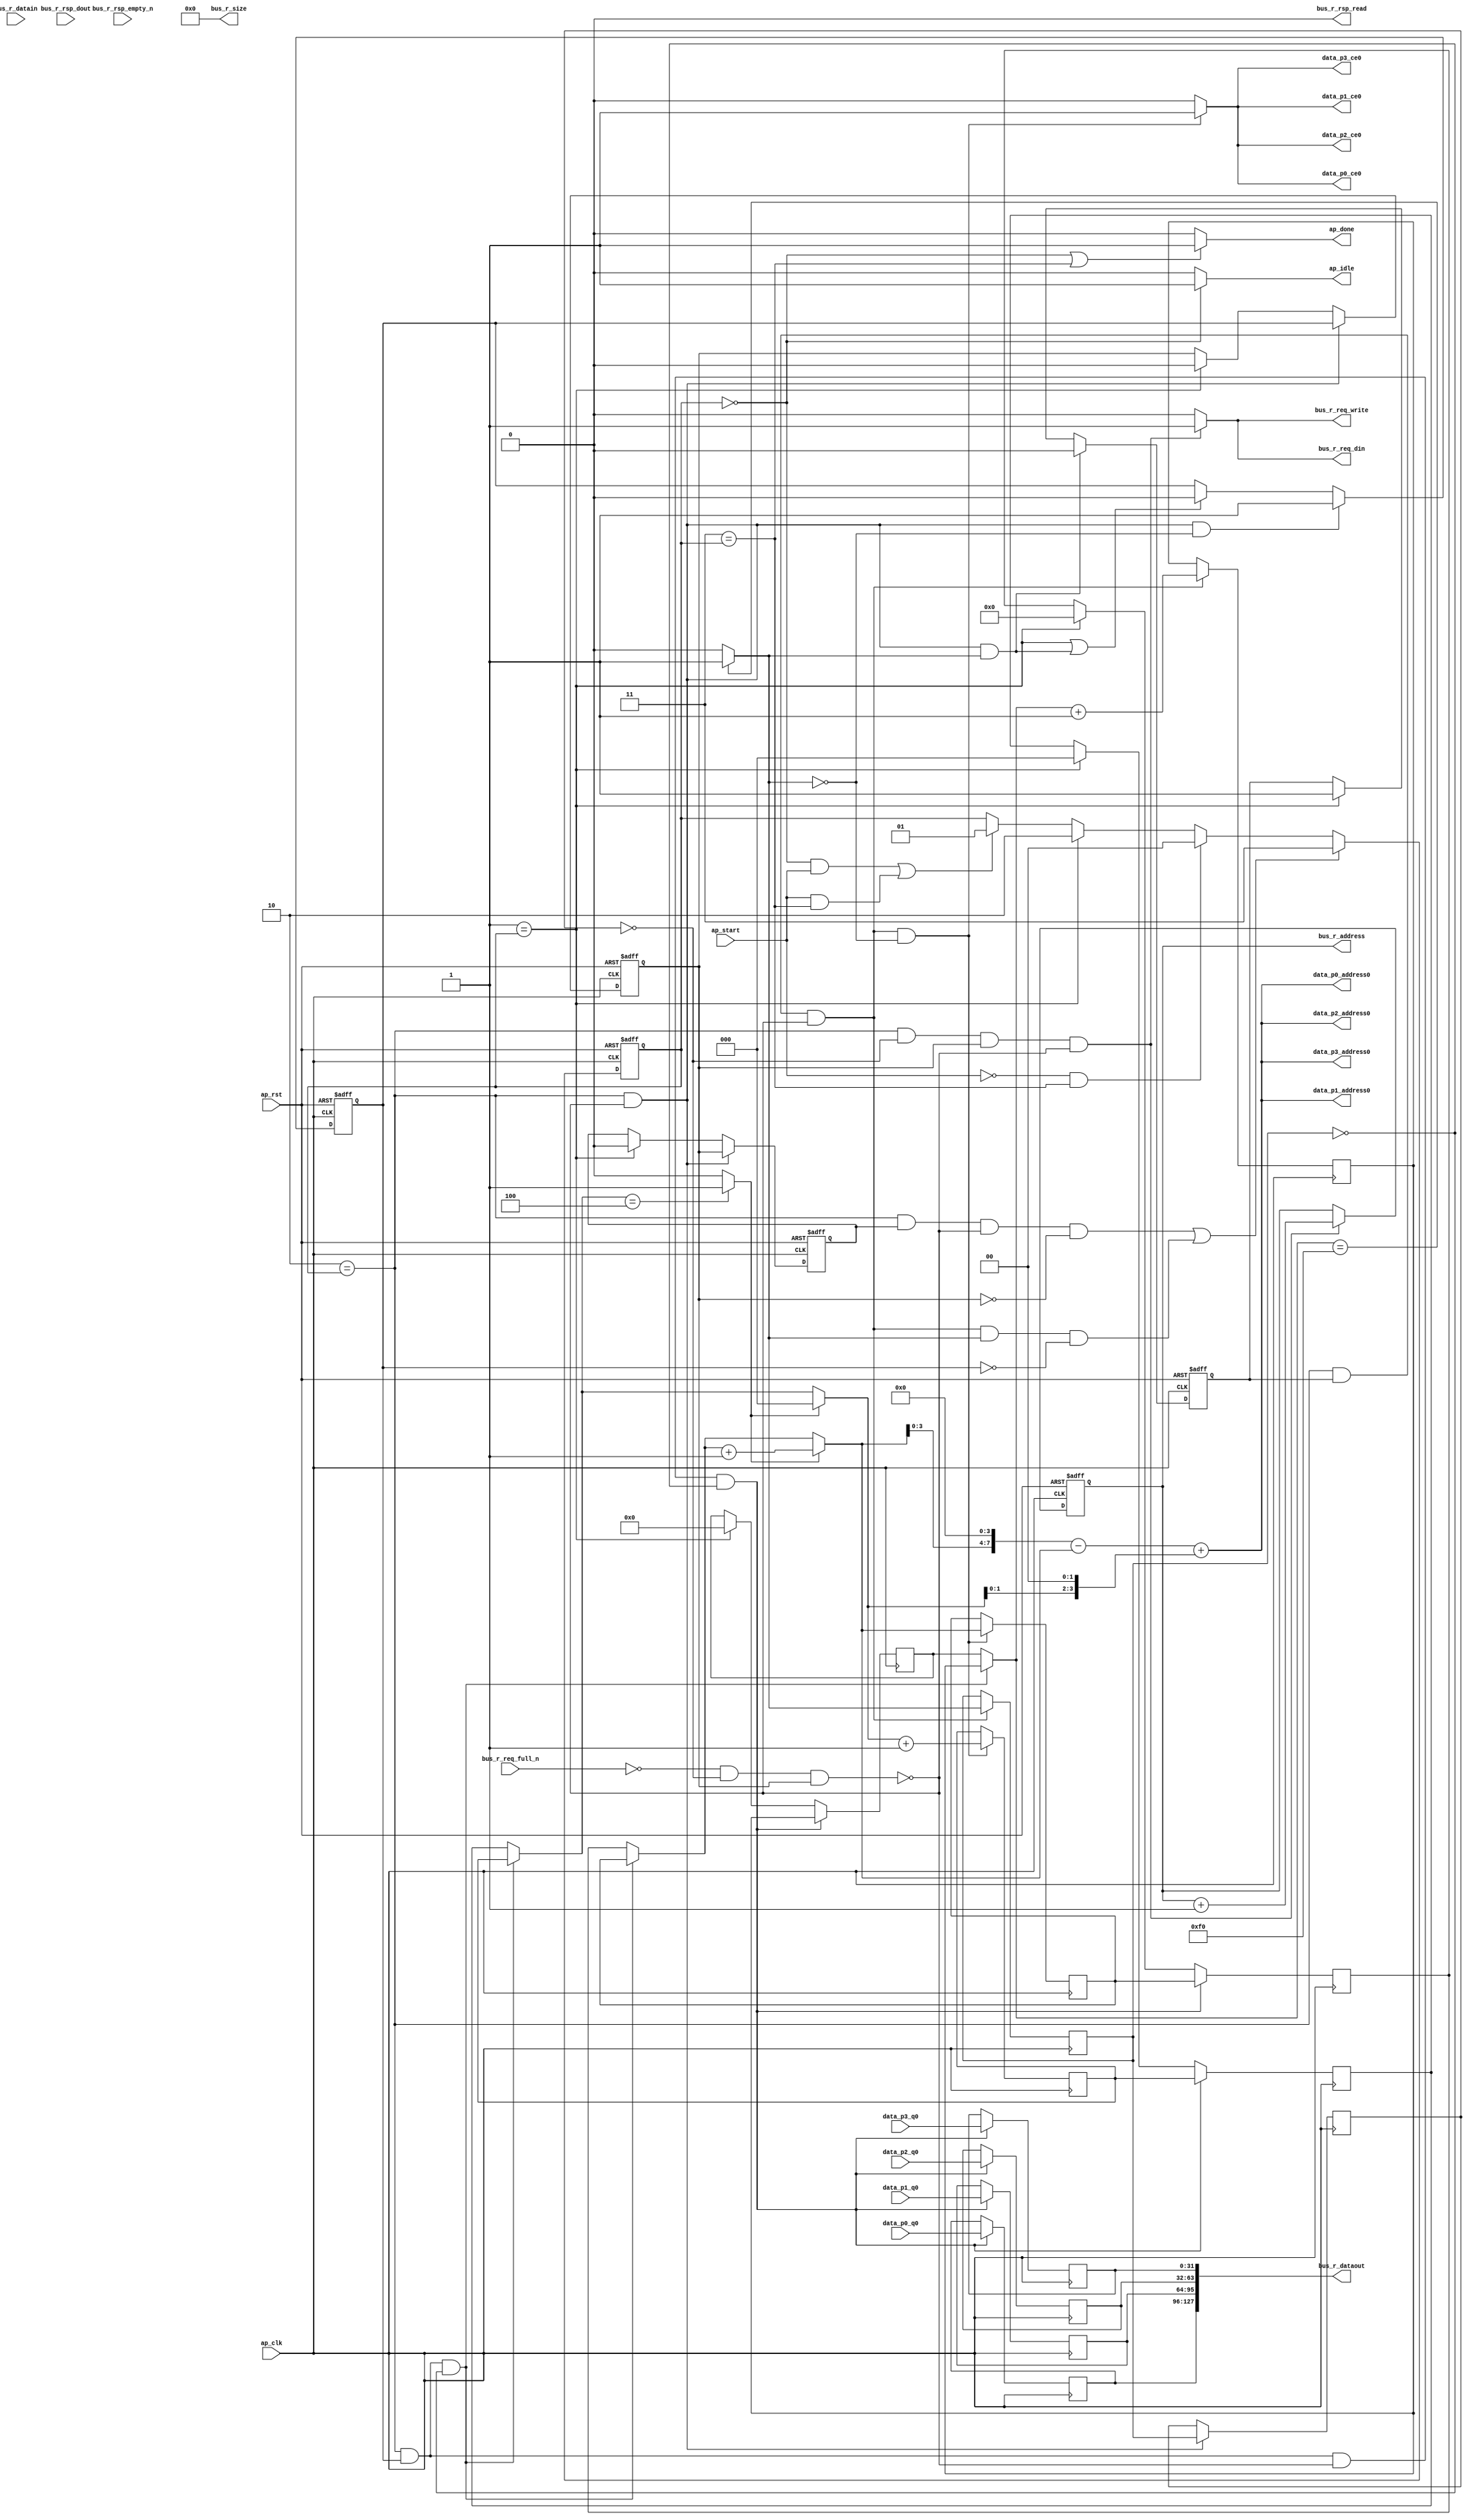
// ==============================================================
// RTL generated by AutoPilot - High-Level Synthesis System (C, C++, SystemC)
// Version: 2010.a.3
// Copyright (C) :2006-2010 AutoESL Design Technologies, Inc.
// 
// ===========================================================

`timescale 1 ns / 1 ps 

module write_array (
        ap_clk,
        ap_rst,
        ap_start,
        ap_done,
        ap_idle,
        bus_r_req_din,
        bus_r_req_full_n,
        bus_r_req_write,
        bus_r_rsp_dout,
        bus_r_rsp_empty_n,
        bus_r_rsp_read,
        bus_r_address,
        bus_r_datain,
        bus_r_dataout,
        bus_r_size,
        data_p0_address0,
        data_p0_ce0,
        data_p0_q0,
        data_p1_address0,
        data_p1_ce0,
        data_p1_q0,
        data_p2_address0,
        data_p2_ce0,
        data_p2_q0,
        data_p3_address0,
        data_p3_ce0,
        data_p3_q0
);

input   ap_clk;
input   ap_rst;
input   ap_start;
output   ap_done;
output   ap_idle;
output   bus_r_req_din;
input   bus_r_req_full_n;
output   bus_r_req_write;
input   bus_r_rsp_dout;
input   bus_r_rsp_empty_n;
output   bus_r_rsp_read;
output  [31:0] bus_r_address;
input  [127:0] bus_r_datain;
output  [127:0] bus_r_dataout;
output  [31:0] bus_r_size;
output  [7:0] data_p0_address0;
output   data_p0_ce0;
input  [31:0] data_p0_q0;
output  [7:0] data_p1_address0;
output   data_p1_ce0;
input  [31:0] data_p1_q0;
output  [7:0] data_p2_address0;
output   data_p2_ce0;
input  [31:0] data_p2_q0;
output  [7:0] data_p3_address0;
output   data_p3_ce0;
input  [31:0] data_p3_q0;

reg ap_done;
reg ap_idle;
reg bus_r_req_din;
reg bus_r_req_write;
reg data_p0_ce0;
reg data_p1_ce0;
reg data_p2_ce0;
reg data_p3_ce0;
reg   [1:0] ap_CS_fsm;
reg   [31:0] rIndex;
reg   [7:0] indvar_flatten_reg_117;
reg   [5:0] i_reg_128;
reg   [2:0] indvar_reg_139;
wire   [0:0] exitcond_fu_151_p2;
reg   [0:0] exitcond_reg_284;
reg    ap_reg_ppiten_pp0_it0;
reg    ap_reg_ppiten_pp0_it1;
reg   [0:0] ap_reg_ppstg_exitcond_reg_284_pp0_it1;
reg    ap_sig_bdd_75;
reg    ap_reg_ppiten_pp0_it2;
reg    ap_reg_ppiten_pp0_it3;
reg   [7:0] indvar_next_reg_288;
wire   [5:0] i_mid_fu_183_p3;
reg   [5:0] i_mid_reg_293;
reg   [2:0] indvar_next1_reg_318;
reg   [31:0] data_p0_load_reg_323;
reg   [31:0] data_p1_load_reg_328;
reg   [31:0] data_p2_load_reg_333;
reg   [31:0] data_p3_load_reg_338;
reg   [7:0] indvar_flatten_phi_fu_121_p4;
reg   [5:0] i_phi_fu_132_p4;
reg   [2:0] indvar_phi_fu_143_p4;
wire   [31:0] data_p0_addr1_cast_fu_227_p1;
wire   [63:0] tmp4_fu_266_p1;
wire   [7:0] exitcond_fu_151_p1;
wire   [2:0] exitcond1_fu_169_p1;
wire   [0:0] exitcond1_fu_169_p2;
wire   [5:0] indvar_next6_dup_fu_163_p2;
wire   [2:0] indvar_mid_fu_175_p3;
wire   [3:0] indvar_cast_fu_191_p1;
wire   [3:0] j_fu_195_p2;
wire   [7:0] tmp4_trn_cast_fu_205_p1;
wire   [7:0] p_shl_fu_209_p2;
wire   [7:0] data_p0_addr_cast_fu_215_p2;
wire   [7:0] tmp6_trn_cast_fu_201_p1;
wire   [7:0] data_p0_addr_fu_221_p2;
wire   [31:0] empty_92_fu_253_p1;
wire   [31:0] empty_92_fu_253_p2;
wire   [31:0] empty_92_fu_253_p3;
wire   [31:0] tmp3_fu_250_p1;
reg   [1:0] ap_NS_fsm;
parameter    ap_const_logic_1 = 1'b1;
parameter    ap_const_logic_0 = 1'b0;
parameter    ap_ST_st0_fsm_0 = 2'b00;
parameter    ap_ST_st1_fsm_1 = 2'b01;
parameter    ap_ST_pp0_stg0_fsm_2 = 2'b10;
parameter    ap_ST_st6_fsm_3 = 2'b11;
parameter    ap_const_lv32_0 = 32'b00000000000000000000000000000000;
parameter    ap_const_lv1_0 = 1'b0;
parameter    ap_const_lv8_0 = 8'b00000000;
parameter    ap_const_lv6_0 = 6'b000000;
parameter    ap_const_lv3_0 = 3'b000;
parameter    ap_const_lv8_F0 = 8'b11110000;
parameter    ap_const_lv8_1 = 8'b00000001;
parameter    ap_const_lv6_1 = 6'b000001;
parameter    ap_const_lv3_4 = 3'b100;
parameter    ap_const_lv4_2 = 4'b0010;
parameter    ap_const_lv8_4 = 8'b00000100;
parameter    ap_const_lv3_1 = 3'b001;
parameter    ap_const_lv32_1 = 32'b00000000000000000000000000000001;
parameter    ap_true = 1'b1;




/// ap_CS_fsm assign process. ///
always @ (posedge ap_rst or posedge ap_clk)
begin : ap_ret_ap_CS_fsm
    if (ap_rst == 1'b1) begin
        ap_CS_fsm <= ap_ST_st0_fsm_0;
    end else begin
        ap_CS_fsm <= ap_NS_fsm;
    end
end

/// ap_reg_ppiten_pp0_it0 assign process. ///
always @ (posedge ap_rst or posedge ap_clk)
begin : ap_ret_ap_reg_ppiten_pp0_it0
    if (ap_rst == 1'b1) begin
        ap_reg_ppiten_pp0_it0 <= ap_const_logic_0;
    end else begin
        if (((ap_ST_pp0_stg0_fsm_2 == ap_CS_fsm) & ~(ap_sig_bdd_75 & (ap_const_logic_1 == ap_reg_ppiten_pp0_it2)) & ~(exitcond_fu_151_p2 == ap_const_lv1_0))) begin
            ap_reg_ppiten_pp0_it0 <= ap_const_logic_0;
        end else if ((ap_ST_st1_fsm_1 == ap_CS_fsm)) begin
            ap_reg_ppiten_pp0_it0 <= ap_const_logic_1;
        end
    end
end

/// ap_reg_ppiten_pp0_it1 assign process. ///
always @ (posedge ap_rst or posedge ap_clk)
begin : ap_ret_ap_reg_ppiten_pp0_it1
    if (ap_rst == 1'b1) begin
        ap_reg_ppiten_pp0_it1 <= ap_const_logic_0;
    end else begin
        if (((ap_ST_pp0_stg0_fsm_2 == ap_CS_fsm) & ~(ap_sig_bdd_75 & (ap_const_logic_1 == ap_reg_ppiten_pp0_it2)) & (exitcond_fu_151_p2 == ap_const_lv1_0))) begin
            ap_reg_ppiten_pp0_it1 <= ap_const_logic_1;
        end else if (((ap_ST_st1_fsm_1 == ap_CS_fsm) | ((ap_ST_pp0_stg0_fsm_2 == ap_CS_fsm) & ~(ap_sig_bdd_75 & (ap_const_logic_1 == ap_reg_ppiten_pp0_it2)) & ~(exitcond_fu_151_p2 == ap_const_lv1_0)))) begin
            ap_reg_ppiten_pp0_it1 <= ap_const_logic_0;
        end
    end
end

/// ap_reg_ppiten_pp0_it2 assign process. ///
always @ (posedge ap_rst or posedge ap_clk)
begin : ap_ret_ap_reg_ppiten_pp0_it2
    if (ap_rst == 1'b1) begin
        ap_reg_ppiten_pp0_it2 <= ap_const_logic_0;
    end else begin
        if (((ap_ST_pp0_stg0_fsm_2 == ap_CS_fsm) & ~(ap_sig_bdd_75 & (ap_const_logic_1 == ap_reg_ppiten_pp0_it2)))) begin
            ap_reg_ppiten_pp0_it2 <= ap_reg_ppiten_pp0_it1;
        end else if ((ap_ST_st1_fsm_1 == ap_CS_fsm)) begin
            ap_reg_ppiten_pp0_it2 <= ap_const_logic_0;
        end
    end
end

/// ap_reg_ppiten_pp0_it3 assign process. ///
always @ (posedge ap_rst or posedge ap_clk)
begin : ap_ret_ap_reg_ppiten_pp0_it3
    if (ap_rst == 1'b1) begin
        ap_reg_ppiten_pp0_it3 <= ap_const_logic_0;
    end else begin
        if (((ap_ST_pp0_stg0_fsm_2 == ap_CS_fsm) & ~(ap_sig_bdd_75 & (ap_const_logic_1 == ap_reg_ppiten_pp0_it2)))) begin
            ap_reg_ppiten_pp0_it3 <= ap_reg_ppiten_pp0_it2;
        end else if ((ap_ST_st1_fsm_1 == ap_CS_fsm)) begin
            ap_reg_ppiten_pp0_it3 <= ap_const_logic_0;
        end
    end
end

/// rIndex assign process. ///
always @ (posedge ap_rst or posedge ap_clk)
begin : ap_ret_rIndex
    if (ap_rst == 1'b1) begin
        rIndex <= ap_const_lv32_0;
    end else begin
        if (((ap_ST_pp0_stg0_fsm_2 == ap_CS_fsm) & (ap_reg_ppstg_exitcond_reg_284_pp0_it1 == ap_const_lv1_0) & (ap_const_logic_1 == ap_reg_ppiten_pp0_it2) & ~(ap_sig_bdd_75 & (ap_const_logic_1 == ap_reg_ppiten_pp0_it2)))) begin
            rIndex <= (rIndex + ap_const_lv32_1);
        end
    end
end

/// assign process. ///
always @(posedge ap_clk)
begin
    if (((ap_ST_pp0_stg0_fsm_2 == ap_CS_fsm) & ~(ap_sig_bdd_75 & (ap_const_logic_1 == ap_reg_ppiten_pp0_it2)))) begin
        ap_reg_ppstg_exitcond_reg_284_pp0_it1 <= exitcond_reg_284;
    end
    if (((ap_ST_pp0_stg0_fsm_2 == ap_CS_fsm) & (ap_const_logic_1 == ap_reg_ppiten_pp0_it1) & ~(ap_sig_bdd_75 & (ap_const_logic_1 == ap_reg_ppiten_pp0_it2)) & (exitcond_reg_284 == ap_const_lv1_0))) begin
        data_p0_load_reg_323 <= data_p0_q0;
    end
    if (((ap_ST_pp0_stg0_fsm_2 == ap_CS_fsm) & (ap_const_logic_1 == ap_reg_ppiten_pp0_it1) & ~(ap_sig_bdd_75 & (ap_const_logic_1 == ap_reg_ppiten_pp0_it2)) & (exitcond_reg_284 == ap_const_lv1_0))) begin
        data_p1_load_reg_328 <= data_p1_q0;
    end
    if (((ap_ST_pp0_stg0_fsm_2 == ap_CS_fsm) & (ap_const_logic_1 == ap_reg_ppiten_pp0_it1) & ~(ap_sig_bdd_75 & (ap_const_logic_1 == ap_reg_ppiten_pp0_it2)) & (exitcond_reg_284 == ap_const_lv1_0))) begin
        data_p2_load_reg_333 <= data_p2_q0;
    end
    if (((ap_ST_pp0_stg0_fsm_2 == ap_CS_fsm) & (ap_const_logic_1 == ap_reg_ppiten_pp0_it1) & ~(ap_sig_bdd_75 & (ap_const_logic_1 == ap_reg_ppiten_pp0_it2)) & (exitcond_reg_284 == ap_const_lv1_0))) begin
        data_p3_load_reg_338 <= data_p3_q0;
    end
    if (((ap_ST_pp0_stg0_fsm_2 == ap_CS_fsm) & (ap_const_logic_1 == ap_reg_ppiten_pp0_it0) & ~(ap_sig_bdd_75 & (ap_const_logic_1 == ap_reg_ppiten_pp0_it2)))) begin
        exitcond_reg_284 <= (indvar_flatten_phi_fu_121_p4 == exitcond_fu_151_p1? 1'b1: 1'b0);
    end
    if (((ap_ST_pp0_stg0_fsm_2 == ap_CS_fsm) & (ap_const_logic_1 == ap_reg_ppiten_pp0_it0) & ~(ap_sig_bdd_75 & (ap_const_logic_1 == ap_reg_ppiten_pp0_it2)) & (exitcond_fu_151_p2 == ap_const_lv1_0))) begin
        if (exitcond1_fu_169_p2) begin
            i_mid_reg_293 <= indvar_next6_dup_fu_163_p2;
        end else begin
            i_mid_reg_293 <= i_phi_fu_132_p4;
        end

    end
    if (((ap_ST_pp0_stg0_fsm_2 == ap_CS_fsm) & (ap_const_logic_1 == ap_reg_ppiten_pp0_it1) & ~(ap_sig_bdd_75 & (ap_const_logic_1 == ap_reg_ppiten_pp0_it2)) & (exitcond_reg_284 == ap_const_lv1_0))) begin
        i_reg_128 <= i_mid_reg_293;
    end else if ((ap_ST_st1_fsm_1 == ap_CS_fsm)) begin
        i_reg_128 <= ap_const_lv6_0;
    end
    if (((ap_ST_pp0_stg0_fsm_2 == ap_CS_fsm) & (ap_const_logic_1 == ap_reg_ppiten_pp0_it1) & ~(ap_sig_bdd_75 & (ap_const_logic_1 == ap_reg_ppiten_pp0_it2)) & (exitcond_reg_284 == ap_const_lv1_0))) begin
        indvar_flatten_reg_117 <= indvar_next_reg_288;
    end else if ((ap_ST_st1_fsm_1 == ap_CS_fsm)) begin
        indvar_flatten_reg_117 <= ap_const_lv8_0;
    end
    if (((ap_ST_pp0_stg0_fsm_2 == ap_CS_fsm) & (ap_const_logic_1 == ap_reg_ppiten_pp0_it0) & ~(ap_sig_bdd_75 & (ap_const_logic_1 == ap_reg_ppiten_pp0_it2)) & (exitcond_fu_151_p2 == ap_const_lv1_0))) begin
        indvar_next1_reg_318 <= (indvar_mid_fu_175_p3 + ap_const_lv3_1);
    end
    if (((ap_ST_pp0_stg0_fsm_2 == ap_CS_fsm) & (ap_const_logic_1 == ap_reg_ppiten_pp0_it0) & ~(ap_sig_bdd_75 & (ap_const_logic_1 == ap_reg_ppiten_pp0_it2)))) begin
        indvar_next_reg_288 <= (indvar_flatten_phi_fu_121_p4 + ap_const_lv8_1);
    end
    if (((ap_ST_pp0_stg0_fsm_2 == ap_CS_fsm) & (ap_const_logic_1 == ap_reg_ppiten_pp0_it1) & ~(ap_sig_bdd_75 & (ap_const_logic_1 == ap_reg_ppiten_pp0_it2)) & (exitcond_reg_284 == ap_const_lv1_0))) begin
        indvar_reg_139 <= indvar_next1_reg_318;
    end else if ((ap_ST_st1_fsm_1 == ap_CS_fsm)) begin
        indvar_reg_139 <= ap_const_lv3_0;
    end
end

/// ap_NS_fsm assign process. ///
always @ (ap_start or ap_CS_fsm or exitcond_fu_151_p2 or ap_reg_ppiten_pp0_it0 or ap_reg_ppiten_pp0_it1 or ap_sig_bdd_75 or ap_reg_ppiten_pp0_it2 or ap_reg_ppiten_pp0_it3)
begin
    if ((((ap_ST_pp0_stg0_fsm_2 == ap_CS_fsm) & (ap_const_logic_1 == ap_reg_ppiten_pp0_it3) & ~(ap_sig_bdd_75 & (ap_const_logic_1 == ap_reg_ppiten_pp0_it2)) & ~(ap_const_logic_1 == ap_reg_ppiten_pp0_it2)) | ((ap_ST_pp0_stg0_fsm_2 == ap_CS_fsm) & (ap_const_logic_1 == ap_reg_ppiten_pp0_it0) & ~(ap_sig_bdd_75 & (ap_const_logic_1 == ap_reg_ppiten_pp0_it2)) & ~(exitcond_fu_151_p2 == ap_const_lv1_0) & ~(ap_const_logic_1 == ap_reg_ppiten_pp0_it1)))) begin
        ap_NS_fsm = ap_ST_st6_fsm_3;
    end else if ((~(ap_const_logic_1 == ap_start) & (ap_ST_st6_fsm_3 == ap_CS_fsm))) begin
        ap_NS_fsm = ap_ST_st0_fsm_0;
    end else if ((ap_ST_st1_fsm_1 == ap_CS_fsm)) begin
        ap_NS_fsm = ap_ST_pp0_stg0_fsm_2;
    end else if ((((ap_ST_st0_fsm_0 == ap_CS_fsm) & (ap_const_logic_1 == ap_start)) | ((ap_const_logic_1 == ap_start) & (ap_ST_st6_fsm_3 == ap_CS_fsm)))) begin
        ap_NS_fsm = ap_ST_st1_fsm_1;
    end else begin
        ap_NS_fsm = ap_CS_fsm;
    end
end

/// ap_done assign process. ///
always @ (ap_CS_fsm)
begin
    if (((ap_ST_st0_fsm_0 == ap_CS_fsm) | (ap_ST_st6_fsm_3 == ap_CS_fsm))) begin
        ap_done = ap_const_logic_1;
    end else begin
        ap_done = ap_const_logic_0;
    end
end

/// ap_idle assign process. ///
always @ (ap_CS_fsm)
begin
    if ((ap_ST_st0_fsm_0 == ap_CS_fsm)) begin
        ap_idle = ap_const_logic_1;
    end else begin
        ap_idle = ap_const_logic_0;
    end
end

/// bus_r_req_din assign process. ///
always @ (ap_CS_fsm or ap_reg_ppstg_exitcond_reg_284_pp0_it1 or ap_sig_bdd_75 or ap_reg_ppiten_pp0_it2)
begin
    if (((ap_ST_pp0_stg0_fsm_2 == ap_CS_fsm) & (ap_reg_ppstg_exitcond_reg_284_pp0_it1 == ap_const_lv1_0) & (ap_const_logic_1 == ap_reg_ppiten_pp0_it2) & ~(ap_sig_bdd_75 & (ap_const_logic_1 == ap_reg_ppiten_pp0_it2)))) begin
        bus_r_req_din = ap_const_logic_1;
    end else begin
        bus_r_req_din = ap_const_logic_0;
    end
end

/// bus_r_req_write assign process. ///
always @ (ap_CS_fsm or ap_reg_ppstg_exitcond_reg_284_pp0_it1 or ap_sig_bdd_75 or ap_reg_ppiten_pp0_it2)
begin
    if (((ap_ST_pp0_stg0_fsm_2 == ap_CS_fsm) & (ap_reg_ppstg_exitcond_reg_284_pp0_it1 == ap_const_lv1_0) & (ap_const_logic_1 == ap_reg_ppiten_pp0_it2) & ~(ap_sig_bdd_75 & (ap_const_logic_1 == ap_reg_ppiten_pp0_it2)))) begin
        bus_r_req_write = ap_const_logic_1;
    end else begin
        bus_r_req_write = ap_const_logic_0;
    end
end

/// data_p0_ce0 assign process. ///
always @ (ap_CS_fsm or exitcond_fu_151_p2 or ap_reg_ppiten_pp0_it0 or ap_sig_bdd_75 or ap_reg_ppiten_pp0_it2)
begin
    if (((ap_ST_pp0_stg0_fsm_2 == ap_CS_fsm) & (ap_const_logic_1 == ap_reg_ppiten_pp0_it0) & ~(ap_sig_bdd_75 & (ap_const_logic_1 == ap_reg_ppiten_pp0_it2)) & (exitcond_fu_151_p2 == ap_const_lv1_0))) begin
        data_p0_ce0 = ap_const_logic_1;
    end else begin
        data_p0_ce0 = ap_const_logic_0;
    end
end

/// data_p1_ce0 assign process. ///
always @ (ap_CS_fsm or exitcond_fu_151_p2 or ap_reg_ppiten_pp0_it0 or ap_sig_bdd_75 or ap_reg_ppiten_pp0_it2)
begin
    if (((ap_ST_pp0_stg0_fsm_2 == ap_CS_fsm) & (ap_const_logic_1 == ap_reg_ppiten_pp0_it0) & ~(ap_sig_bdd_75 & (ap_const_logic_1 == ap_reg_ppiten_pp0_it2)) & (exitcond_fu_151_p2 == ap_const_lv1_0))) begin
        data_p1_ce0 = ap_const_logic_1;
    end else begin
        data_p1_ce0 = ap_const_logic_0;
    end
end

/// data_p2_ce0 assign process. ///
always @ (ap_CS_fsm or exitcond_fu_151_p2 or ap_reg_ppiten_pp0_it0 or ap_sig_bdd_75 or ap_reg_ppiten_pp0_it2)
begin
    if (((ap_ST_pp0_stg0_fsm_2 == ap_CS_fsm) & (ap_const_logic_1 == ap_reg_ppiten_pp0_it0) & ~(ap_sig_bdd_75 & (ap_const_logic_1 == ap_reg_ppiten_pp0_it2)) & (exitcond_fu_151_p2 == ap_const_lv1_0))) begin
        data_p2_ce0 = ap_const_logic_1;
    end else begin
        data_p2_ce0 = ap_const_logic_0;
    end
end

/// data_p3_ce0 assign process. ///
always @ (ap_CS_fsm or exitcond_fu_151_p2 or ap_reg_ppiten_pp0_it0 or ap_sig_bdd_75 or ap_reg_ppiten_pp0_it2)
begin
    if (((ap_ST_pp0_stg0_fsm_2 == ap_CS_fsm) & (ap_const_logic_1 == ap_reg_ppiten_pp0_it0) & ~(ap_sig_bdd_75 & (ap_const_logic_1 == ap_reg_ppiten_pp0_it2)) & (exitcond_fu_151_p2 == ap_const_lv1_0))) begin
        data_p3_ce0 = ap_const_logic_1;
    end else begin
        data_p3_ce0 = ap_const_logic_0;
    end
end

/// i_phi_fu_132_p4 assign process. ///
always @ (ap_CS_fsm or i_reg_128 or exitcond_reg_284 or ap_reg_ppiten_pp0_it1 or i_mid_reg_293)
begin
    if (((ap_ST_pp0_stg0_fsm_2 == ap_CS_fsm) & (ap_const_logic_1 == ap_reg_ppiten_pp0_it1) & (exitcond_reg_284 == ap_const_lv1_0))) begin
        i_phi_fu_132_p4 = i_mid_reg_293;
    end else begin
        i_phi_fu_132_p4 = i_reg_128;
    end
end

/// indvar_flatten_phi_fu_121_p4 assign process. ///
always @ (ap_CS_fsm or indvar_flatten_reg_117 or exitcond_reg_284 or ap_reg_ppiten_pp0_it1 or indvar_next_reg_288)
begin
    if (((ap_ST_pp0_stg0_fsm_2 == ap_CS_fsm) & (ap_const_logic_1 == ap_reg_ppiten_pp0_it1) & (exitcond_reg_284 == ap_const_lv1_0))) begin
        indvar_flatten_phi_fu_121_p4 = indvar_next_reg_288;
    end else begin
        indvar_flatten_phi_fu_121_p4 = indvar_flatten_reg_117;
    end
end

/// indvar_phi_fu_143_p4 assign process. ///
always @ (ap_CS_fsm or indvar_reg_139 or exitcond_reg_284 or ap_reg_ppiten_pp0_it1 or indvar_next1_reg_318)
begin
    if (((ap_ST_pp0_stg0_fsm_2 == ap_CS_fsm) & (ap_const_logic_1 == ap_reg_ppiten_pp0_it1) & (exitcond_reg_284 == ap_const_lv1_0))) begin
        indvar_phi_fu_143_p4 = indvar_next1_reg_318;
    end else begin
        indvar_phi_fu_143_p4 = indvar_reg_139;
    end
end

/// ap_sig_bdd_75 assign process. ///
always @ (bus_r_req_full_n or ap_reg_ppstg_exitcond_reg_284_pp0_it1)
begin
    ap_sig_bdd_75 = ((bus_r_req_full_n == ap_const_logic_0) & (ap_reg_ppstg_exitcond_reg_284_pp0_it1 == ap_const_lv1_0));
end
assign bus_r_address = tmp4_fu_266_p1;
assign bus_r_dataout = {{{{{{empty_92_fu_253_p1}, {empty_92_fu_253_p2}}}, {empty_92_fu_253_p3}}}, {tmp3_fu_250_p1}};
assign bus_r_rsp_read = ap_const_logic_0;
assign bus_r_size = ap_const_lv32_0;
assign data_p0_addr1_cast_fu_227_p1 = {{24{1'b0}}, {data_p0_addr_fu_221_p2}};
assign data_p0_addr_cast_fu_215_p2 = (p_shl_fu_209_p2 - tmp4_trn_cast_fu_205_p1);
assign data_p0_addr_fu_221_p2 = (data_p0_addr_cast_fu_215_p2 + tmp6_trn_cast_fu_201_p1);
assign data_p0_address0 = data_p0_addr1_cast_fu_227_p1;
assign data_p1_address0 = data_p0_addr1_cast_fu_227_p1;
assign data_p2_address0 = data_p0_addr1_cast_fu_227_p1;
assign data_p3_address0 = data_p0_addr1_cast_fu_227_p1;
assign empty_92_fu_253_p1 = data_p0_load_reg_323;
assign empty_92_fu_253_p2 = data_p1_load_reg_328;
assign empty_92_fu_253_p3 = data_p2_load_reg_333;
assign exitcond1_fu_169_p1 = ap_const_lv3_4;
assign exitcond1_fu_169_p2 = (indvar_phi_fu_143_p4 == exitcond1_fu_169_p1? 1'b1: 1'b0);
assign exitcond_fu_151_p1 = ap_const_lv8_F0;
assign exitcond_fu_151_p2 = (indvar_flatten_phi_fu_121_p4 == exitcond_fu_151_p1? 1'b1: 1'b0);
assign i_mid_fu_183_p3 = ((exitcond1_fu_169_p2)? indvar_next6_dup_fu_163_p2: i_phi_fu_132_p4);
assign indvar_cast_fu_191_p1 = {{1{1'b0}}, {indvar_mid_fu_175_p3}};
assign indvar_mid_fu_175_p3 = ((exitcond1_fu_169_p2)? ap_const_lv3_0: indvar_phi_fu_143_p4);
assign indvar_next6_dup_fu_163_p2 = (i_phi_fu_132_p4 + ap_const_lv6_1);
assign j_fu_195_p2 = indvar_cast_fu_191_p1 << ap_const_lv4_2;
assign p_shl_fu_209_p2 = tmp4_trn_cast_fu_205_p1 << ap_const_lv8_4;
assign tmp3_fu_250_p1 = data_p3_load_reg_338;
assign tmp4_fu_266_p1 = {{32{rIndex[31]}}, {rIndex}};
assign tmp4_trn_cast_fu_205_p1 = {{2{1'b0}}, {i_mid_fu_183_p3}};
assign tmp6_trn_cast_fu_201_p1 = {{4{1'b0}}, {j_fu_195_p2}};


endmodule //write_array